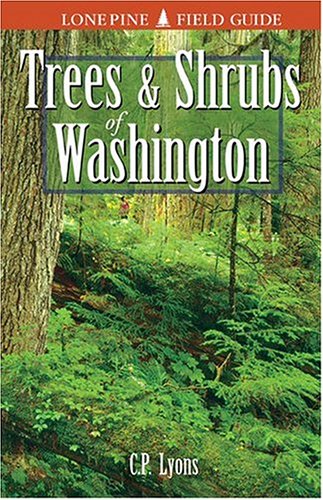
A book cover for Trees and Shrubs of Washington; C. P. Lyons; Crafts, Hobbies & Home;